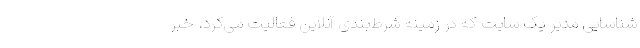
شناسایی مدیر یک سایت که در زمینه شرط‌بندی آنلاین فعالیت می‌کرد، خبر